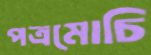
পত্রমোচি